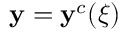
\mathbf { y } = \mathbf { y } ^ { c } ( \boldsymbol { \xi } )